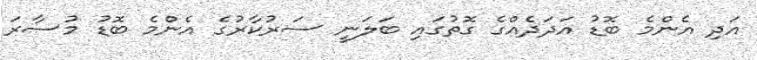
އަދި އެންމެ ބޮޑު އަދަދެއްގެ ގޮތުގައި ބަލަނީ ސަރުކާރުގެ އެންމެ ބޮޑު މުސާރަ